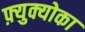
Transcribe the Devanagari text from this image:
फ़्युक्योका